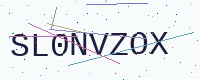
Text: SL0NVZOX